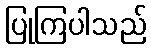
ပြုကြပါသည်